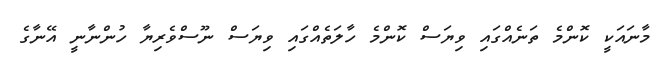
މާނައަކީ ކޮންމެ ތަނެއްގައި ވިޔަސް ކޮންމެ ހާލަތެއްގައި ވިޔަސް ނޫސްވެރިޔާ ހުންނާނީ އޭނާގެ